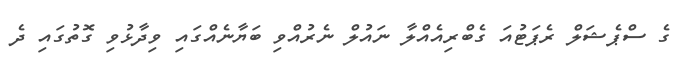
ގެ ސްޕެޝަލް ރެޕަޓުއަ ގެބްރިއެއްލާ ނައުލް ނެރުއްވި ބަޔާނެއްގައި ވިދާޅުވި ގޮތުގައި ދެ